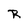
Character: R